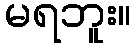
မရဘူး။